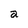
Character: a